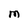
Character: M